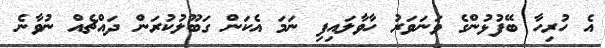
އެ ހުރިހާ ބޭފުޅުންގެ ވަނަވަރު ހާވާލައިފި ނަމަ އެކަން ގަބޫލުކުރަން ދައްޗެއް ނުވާނެ